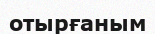
отырғаным